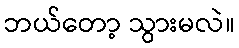
ဘယ်တော့ သွားမလဲ။